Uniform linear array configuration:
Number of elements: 8
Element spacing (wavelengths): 1
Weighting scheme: exponential
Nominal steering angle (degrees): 15
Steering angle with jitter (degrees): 16.649
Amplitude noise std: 0.05
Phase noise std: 0.05

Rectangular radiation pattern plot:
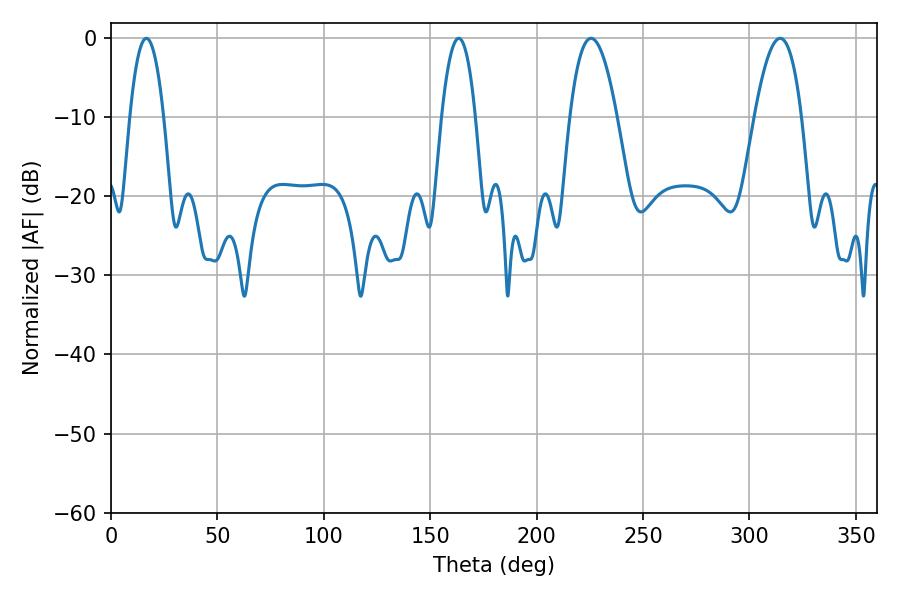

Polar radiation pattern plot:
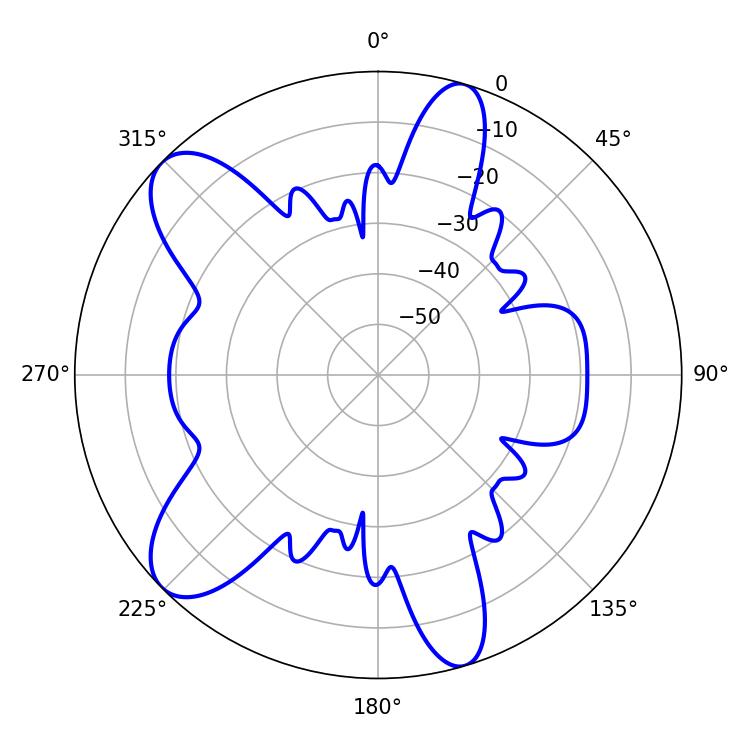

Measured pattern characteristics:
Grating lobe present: TRUE
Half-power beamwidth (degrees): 12.24
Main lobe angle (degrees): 225.54